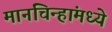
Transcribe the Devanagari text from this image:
मानचिन्हांमध्ये